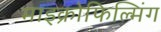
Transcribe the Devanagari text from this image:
माइक्रोफिल्मिंग